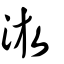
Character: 𣷫